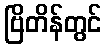
ဗြိတိန်တွင်